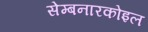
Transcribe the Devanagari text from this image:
सेम्बनारकोइल